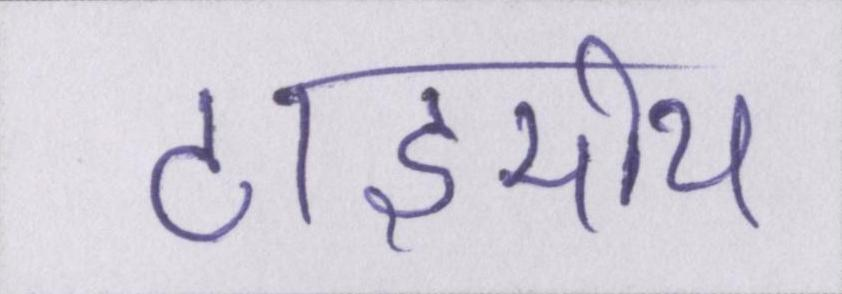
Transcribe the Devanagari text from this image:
टाइमीय